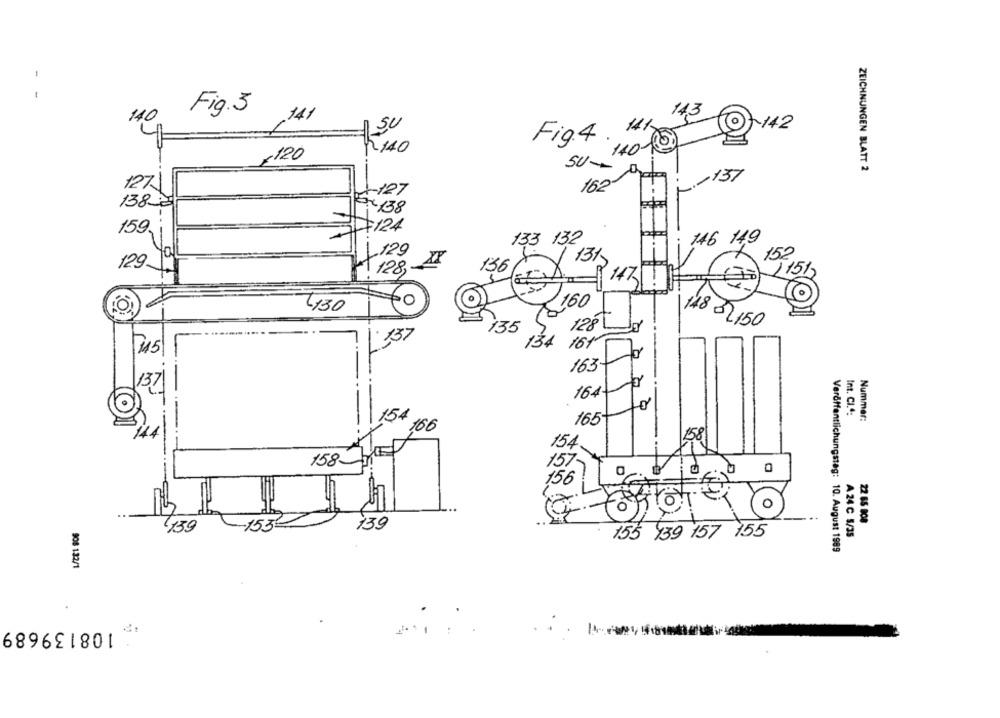
-
Fig.3
143
140
141
-142
Fig.4 .
140-0
x120
SU-
ZEICHNUNGEN BLATT 2
L .- 137
127
-127
162
1383
Ex/38
124
159,
133 132
146 149
You
129
131,
152
129-
136
128,
151
147
160
L130
128
135
148 32150
134 161
145
163-
137
164-
Int. CI.4:
Nummer:
165
166
154
158-
157
156
to!
"o
22 65 808
139
139
155 139 157 155
A 24 C 5/35
Veröffentlichungstag: 10. August 1989
908 132/1
108139689